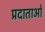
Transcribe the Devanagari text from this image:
प्रदाताओ